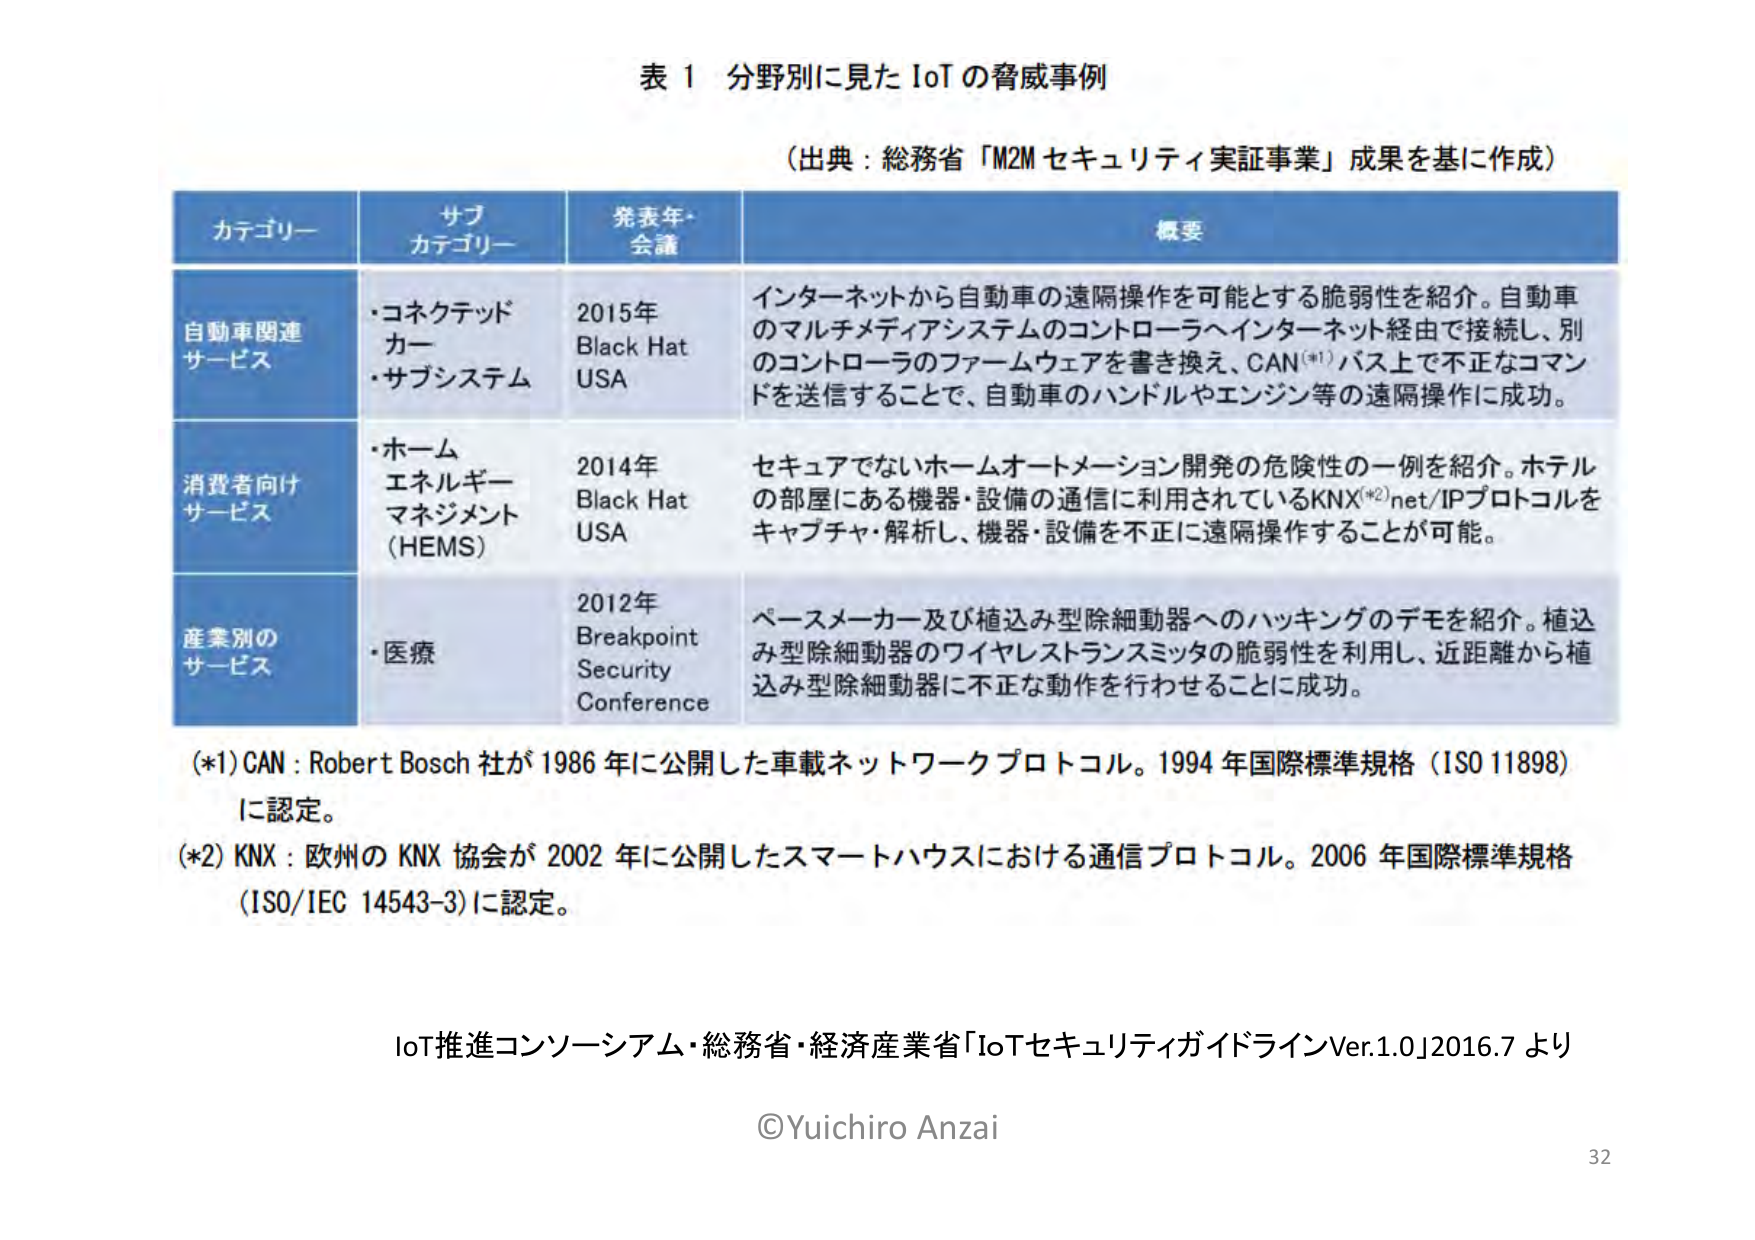
表 1 分野別に見た IoT の脅威事例

（出典：総務省「M2M セキュリティ実証事業」成果を基に作成）

カテゴリーサブカテゴリーア発表年・会議概要

自動車関連サービス・コネクテッドカー・サブシステム2015年Black Hat USAインターネットから自動車の遠隔操作を可能とする脆弱性を紹介。自動車のマルチメディアシステムのコントローラへインターネット経由で接続し、別のコントローラのファームウェアを書き換え、CAN(*1)バス上で不正なコマンドを送信することで、自動車のハンドルやエンジン等の遠隔操作に成功。

消費者向けサービス・ホームエネルギー マネジメント（HEMS）2014年Black Hat USAセキュアでないホームオートメーション開発の危険性の一例を紹介。ホテルの部屋にある機器・設備の通信に利用されているKNX(*2)net/IPプロトコルをキャプチャ・解析し、機器・設備を不正に遠隔操作することが可能。

産業別のサービス・医療2012年Breakpoint Security Conferenceペースメーカー及び植込み型除細動器へのハッキングのデモを紹介。植込み型除細動器のワイヤレストランスミッタの脆弱性を利用し、近距離から植込み型除細動器に不正な動作を行わせることに成功。

(*1) CAN : Robert Bosch 社が 1986 年に公開した車載ネットワークプロトコル。1994 年国際標準規格（ISO 11898）に認定。

(*2) KNX : 欧州の KNX 協会が 2002 年に公開したスマートハウスにおける通信プロトコル。2006 年国際標準規格（ISO/IEC 14543-3）に認定。

IoT推進コンソーシアム・総務省・経済産業省「IoTセキュリティガイドラインVer.1.0」2016.7 より

©Yuichiro Anzai

32